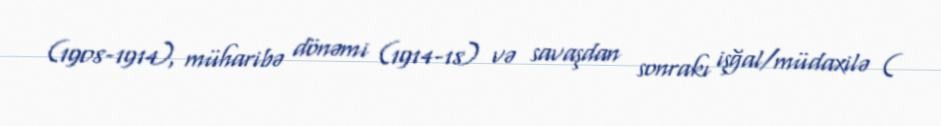
(1908-1914), müharibə dönəmi (1914-18) və savaşdan sonrakı işğal/müdaxilə (